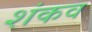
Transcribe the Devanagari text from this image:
शंकव